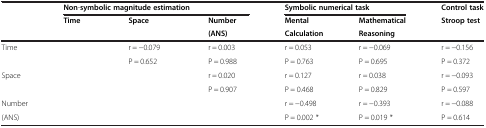
<table><thead><tr><td><b> </b></td><td colspan="3"><b>Non-symbolic magnitude estimation</b></td><td colspan="2"><b>Symbolic numerical task</b></td><td><b>Control task</b></td></tr><tr><td><b> </b></td><td><b>Time</b></td><td><b>Space</b></td><td><b>Number</b></td><td><b>Mental</b></td><td><b>Mathematical</b></td><td><b>Stroop test</b></td></tr><tr><td><b> </b></td><td><b> </b></td><td><b> </b></td><td><b>(ANS)</b></td><td><b>Calculation</b></td><td><b>Reasoning</b></td><td><b> </b></td></tr></thead><tbody><tr><td rowspan="2">Time</td><td> </td><td>r = -0.079</td><td>r = 0.003</td><td>r = 0.053</td><td>r = -0.069</td><td>r = -0.156</td></tr><tr><td> </td><td>P = 0.652</td><td>P = 0.988</td><td>P = 0.763</td><td>P = 0.695</td><td>P = 0.372</td></tr><tr><td rowspan="2">Space</td><td> </td><td> </td><td>r = 0.020</td><td>r = 0.127</td><td>r = 0.038</td><td>r = -0.093</td></tr><tr><td> </td><td> </td><td>P = 0.907</td><td>P = 0.468</td><td>P = 0.829</td><td>P = 0.597</td></tr><tr><td>Number</td><td> </td><td> </td><td> </td><td>r = -0.498</td><td>r = -0.393</td><td>r = -0.088</td></tr><tr><td>(ANS)</td><td> </td><td> </td><td> </td><td>P = 0.002 *</td><td>P = 0.019 *</td><td>P = 0.614</td></tr></tbody></table>